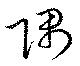
隅